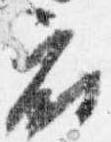
府